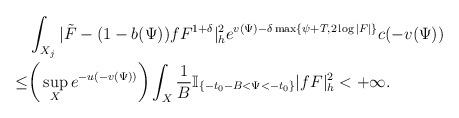
LaTeX: \begin{align*}&\int_{X_j}|\tilde{F}-(1-b(\Psi))fF^{1+\delta}|_{h}^2e^{v(\Psi)-\delta \max\{\psi+T,2\log|F|\}}c(-v(\Psi))\\\le &\bigg(\sup_{X}e^{-u(-v(\Psi))}\bigg)\int_{X}\frac{1}{B}\mathbb{I}_{\{-t_0-B<\Psi<-t_0\}} |fF|^2_h<+\infty.\end{align*}